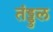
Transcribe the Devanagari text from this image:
तंड्डुल